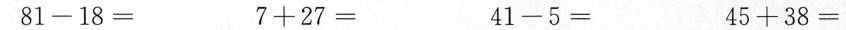
$$8 1 - 1 8 =$$ $$7 + 2 7 =$$ $$4 1 - 5 =$$ $$4 5 + 3 8 =$$